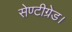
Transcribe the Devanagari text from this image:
सेण्टीग्रेड।